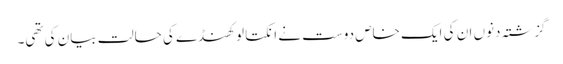
گزشتہ دنوں ان کی ایک خاص دوست نے انکتا لوکھنڈے کی حالت بیان کی تھی۔